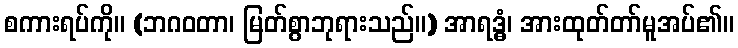
စကားရပ်ကို။ (ဘဂဝတာ၊ မြတ်စွာဘုရားသည်။) အာရဒ္ဓံ၊ အားထုတ်တာ်မူအပ်၏။